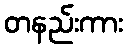
တနည်းကား